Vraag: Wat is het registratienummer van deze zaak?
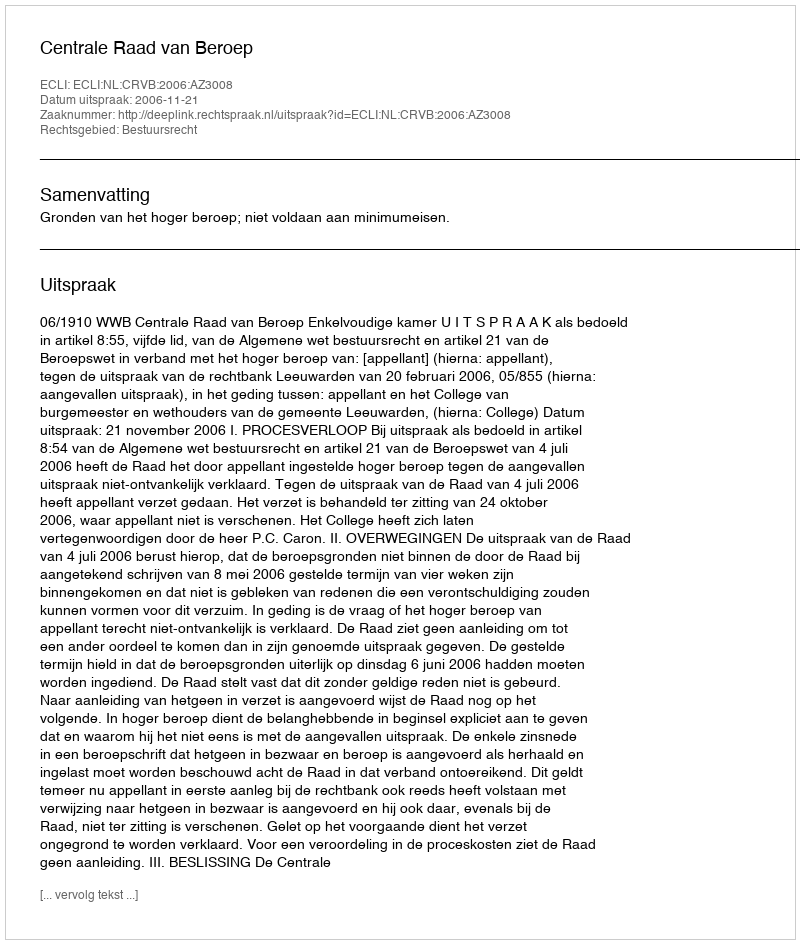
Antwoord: http://deeplink.rechtspraak.nl/uitspraak?id=ECLI:NL:CRVB:2006:AZ3008